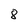
Character: 8